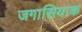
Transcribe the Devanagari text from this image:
जगासियाक